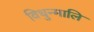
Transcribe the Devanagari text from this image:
विधुन्मालि